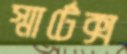
স্মার্টেক্স